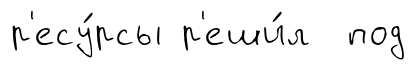
р'есу́рсы р'еши́л под